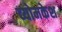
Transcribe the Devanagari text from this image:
व्‍योमकेश